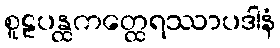
စူဠပန္ထကတ္ထေရဿာပဒါနံ